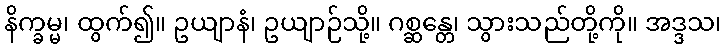
နိက္ခမ္မ၊ ထွက်၍။ ဥယျာနံ၊ ဥယျာဉ်သို့။ ဂစ္ဆန္တေ၊ သွားသည်တို့ကို။ အဒ္ဒသ၊